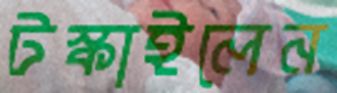
টস্‌কাইলেন